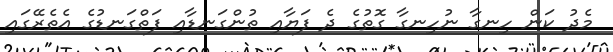
މެދު ކަން ހިނގާ ނުހިނގާ ގޮތުގެ ދެ ފަޔާއި ތުންގަނޑާއި ފަތްގަނޑުގެ އެތެރޭގައި